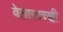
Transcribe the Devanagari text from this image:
वेलासारखी